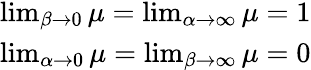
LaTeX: \begin{array}{r}{\operatorname*{lim}_{\beta\to 0}\mu=\operatorname*{lim}_{\alpha\to\infty}\mu=1}\\ {\operatorname*{lim}_{\alpha\to 0}\mu=\operatorname*{lim}_{\beta\to\infty}\mu=0}\end{array}